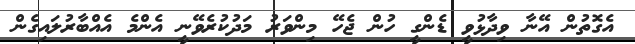
އެގޮތުން އޭނާ ވިދާޅުވީ ޑެންގީ ހުން ޖެހޭ މިންވަރު މަދުކުރެވޭނީ އެންމެ އެއްބާރުލައިގެން